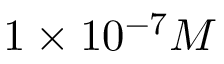
1 \times 1 0 ^ { - 7 } M